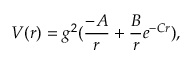
V ( r ) = g ^ { 2 } ( { \frac { - A } { r } } + { \frac { B } { r } } e ^ { - C r } ) ,